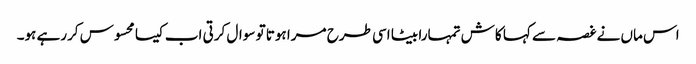
اس ماں نے غصہ سے کہا کاش تمہارا بیٹا اسی طرح مرا ہوتا تو سوال کرتی اب کیسا محسوس کررہے ہو۔